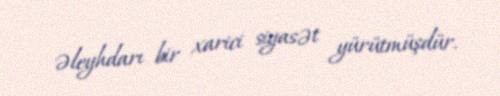
əleyhdarı bir xarici siyasət yürütmüşdür.